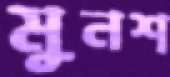
মুনশ্